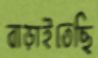
বাড়াইতেছি